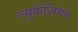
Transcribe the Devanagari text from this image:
ल्युकेज़ियन